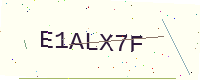
Text: E1ALX7F